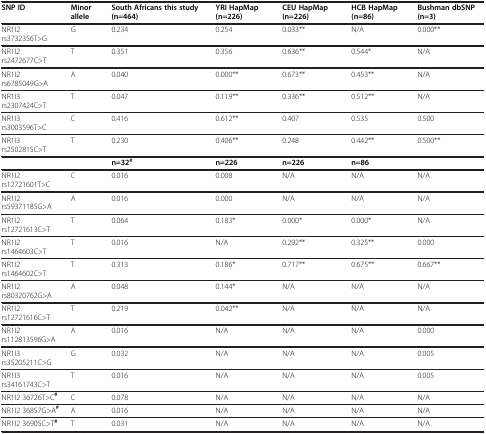
<table><thead><tr><td><b>SNP ID</b></td><td><b>Minor allele</b></td><td><b>South Africans this study (n=464)</b></td><td><b>YRI HapMap (n=226)</b></td><td><b>CEU HapMap (n=226)</b></td><td><b>HCB HapMap (n=86)</b></td><td><b>Bushman dbSNP (n=3)</b></td></tr></thead><tbody><tr><td>NR1I2 rs3732356T&gt;G</td><td>G</td><td>0.234</td><td>0.254</td><td>0.033**</td><td>N/A</td><td>0.000**</td></tr><tr><td>NR1I2 rs2472677C&gt;T</td><td>T</td><td>0.351</td><td>0.356</td><td>0.636**</td><td>0.544*</td><td>N/A</td></tr><tr><td>NR1I2 rs6785049G&gt;A</td><td>A</td><td>0.040</td><td>0.000**</td><td>0.673**</td><td>0.453**</td><td>N/A</td></tr><tr><td>NR1I3 rs2307424C&gt;T</td><td>T</td><td>0.047</td><td>0.119**</td><td>0.336**</td><td>0.512**</td><td>N/A</td></tr><tr><td>NR1I3 rs3003596T&gt;C</td><td>C</td><td>0.416</td><td>0.612**</td><td>0.407</td><td>0.535</td><td>0.500</td></tr><tr><td>NR1I3 rs2502815C&gt;T</td><td>T</td><td>0.230</td><td>0.406**</td><td>0.248</td><td>0.442**</td><td>0.500**</td></tr><tr><td> </td><td> </td><td><b>n=32</b><sup><b>#</b></sup></td><td><b>n=226</b></td><td><b>n=226</b></td><td><b>n=86</b></td><td> </td></tr><tr><td>NR1I2 rs12721601T&gt;C</td><td>C</td><td>0.016</td><td>0.008</td><td>N/A</td><td>N/A</td><td>N/A</td></tr><tr><td>NR1I2 rs59371185G&gt;A</td><td>A</td><td>0.016</td><td>0.000</td><td>N/A</td><td>N/A</td><td>N/A</td></tr><tr><td>NR1I2 rs12721613C&gt;T</td><td>T</td><td>0.064</td><td>0.183*</td><td>0.000*</td><td>0.000*</td><td>N/A</td></tr><tr><td>NR1I2 rs1464603C&gt;T</td><td>T</td><td>0.016</td><td>N/A</td><td>0.292**</td><td>0.325**</td><td>0.000</td></tr><tr><td>NR1I2 rs1464602C&gt;T</td><td>T</td><td>0.313</td><td>0.186*</td><td>0.717**</td><td>0.675**</td><td>0.667**</td></tr><tr><td>NR1I2 rs80320762G&gt;A</td><td>A</td><td>0.048</td><td>0.144*</td><td>N/A</td><td>N/A</td><td>N/A</td></tr><tr><td>NR1I2 rs12721616C&gt;T</td><td>T</td><td>0.219</td><td>0.042**</td><td>N/A</td><td>N/A</td><td>N/A</td></tr><tr><td>NR1I2 rs112813596G&gt;A</td><td>A</td><td>0.016</td><td>N/A</td><td>N/A</td><td>N/A</td><td>0.000</td></tr><tr><td>NR1I3 rs35205211C&gt;G</td><td>G</td><td>0.032</td><td>N/A</td><td>N/A</td><td>N/A</td><td>0.005</td></tr><tr><td>NR1I3 rs34161743C&gt;T</td><td>T</td><td>0.016</td><td>N/A</td><td>N/A</td><td>N/A</td><td>0.005</td></tr><tr><td>NR1I2 36726T&gt;C<sup><b>#</b></sup></td><td>C</td><td>0.078</td><td>N/A</td><td>N/A</td><td>N/A</td><td>N/A</td></tr><tr><td>NR1I2 36857G&gt;A<sup><b>#</b></sup></td><td>A</td><td>0.016</td><td>N/A</td><td>N/A</td><td>N/A</td><td>N/A</td></tr><tr><td>NR1I2 36905C&gt;T<sup><b>#</b></sup></td><td>T</td><td>0.031</td><td>N/A</td><td>N/A</td><td>N/A</td><td>N/A</td></tr></tbody></table>